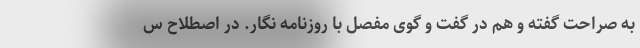
به صراحت گفته و هم در گفت و گوی مفصل با روزنامه نگار. در اصطلاح س